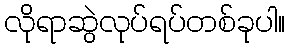
လိုရာဆွဲလုပ်ရပ်တစ်ခုပါ။